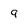
Character: g